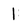
Character: 1